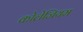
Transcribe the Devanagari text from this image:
कोलेजियम